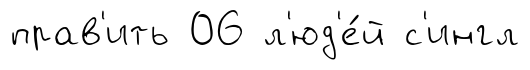
прав'ить 06 л'юд'е́й с'ингл